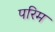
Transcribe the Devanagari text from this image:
परिम